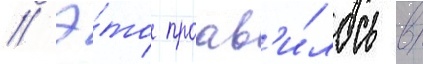
// Э́то проав'и́лось в